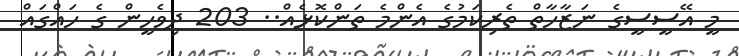
މީ އޭސީސީގެ ނަޒާހާތް ތެރިކަމުގެ އެންމެ ތަންކޮޅެއް.. 203 ދިވެހީން ގެ ހައްގައް